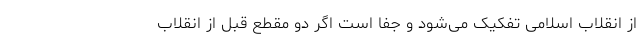
از انقلاب اسلامی تفکیک می‌شود و جفا است اگر دو مقطع قبل از انقلاب